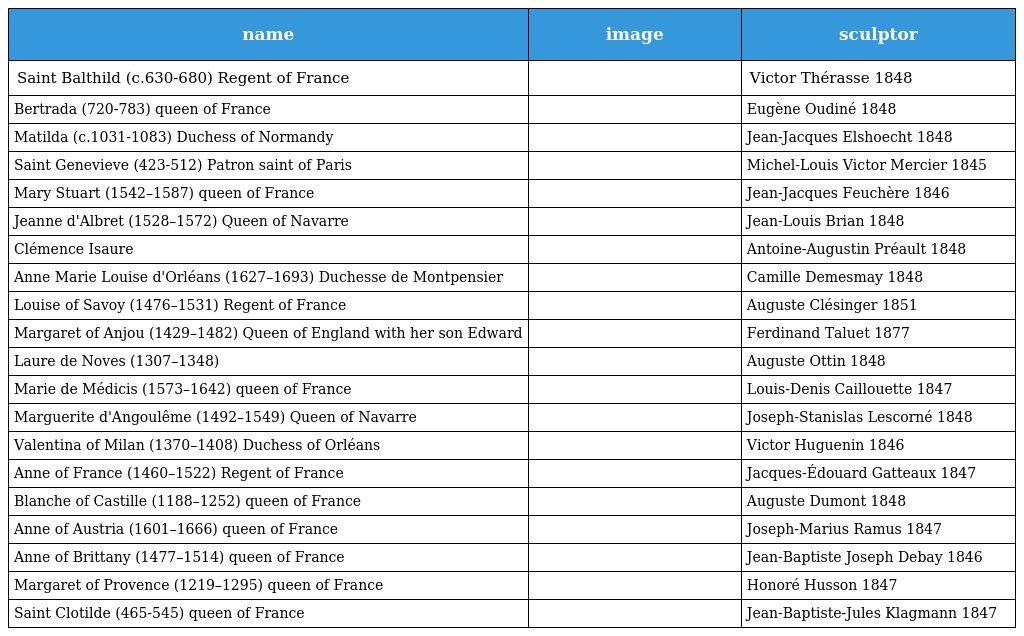
| name | image | sculptor |
 | --- | --- | --- |
 | Saint Balthild (c.630-680) Regent of France |  | Victor Thérasse 1848 |
 | Bertrada (720-783) queen of France |  | Eugène Oudiné 1848 |
 | Matilda (c.1031-1083) Duchess of Normandy |  | Jean-Jacques Elshoecht 1848 |
 | Saint Genevieve (423-512) Patron saint of Paris |  | Michel-Louis Victor Mercier 1845 |
 | Mary Stuart (1542–1587) queen of France |  | Jean-Jacques Feuchère 1846 |
 | Jeanne d'Albret (1528–1572) Queen of Navarre |  | Jean-Louis Brian 1848 |
 | Clémence Isaure |  | Antoine-Augustin Préault 1848 |
 | Anne Marie Louise d'Orléans (1627–1693) Duchesse de Montpensier |  | Camille Demesmay 1848 |
 | Louise of Savoy (1476–1531) Regent of France |  | Auguste Clésinger 1851 |
 | Margaret of Anjou (1429–1482) Queen of England with her son Edward |  | Ferdinand Taluet 1877 |
 | Laure de Noves (1307–1348) |  | Auguste Ottin 1848 |
 | Marie de Médicis (1573–1642) queen of France |  | Louis-Denis Caillouette 1847 |
 | Marguerite d'Angoulême (1492–1549) Queen of Navarre |  | Joseph-Stanislas Lescorné 1848 |
 | Valentina of Milan (1370–1408) Duchess of Orléans |  | Victor Huguenin 1846 |
 | Anne of France (1460–1522) Regent of France |  | Jacques-Édouard Gatteaux 1847 |
 | Blanche of Castille (1188–1252) queen of France |  | Auguste Dumont 1848 |
 | Anne of Austria (1601–1666) queen of France |  | Joseph-Marius Ramus 1847 |
 | Anne of Brittany (1477–1514) queen of France |  | Jean-Baptiste Joseph Debay 1846 |
 | Margaret of Provence (1219–1295) queen of France |  | Honoré Husson 1847 |
 | Saint Clotilde (465-545) queen of France |  | Jean-Baptiste-Jules Klagmann 1847 |